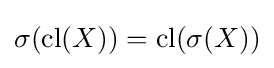
\sigma ({\text{cl}}(X))={\text{cl}}(\sigma (X))